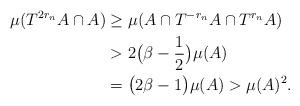
LaTeX: \begin{align*}\mu (T^{2r_n}A\cap A) &\geq \mu (A\cap T^{-r_n}A \cap T^{r_n}A) \\ &> 2\big( \beta - \frac{1}{2}\big) \mu(A) \\ &= \big( 2\beta - 1\big) \mu (A) > \mu (A)^2 . \end{align*}